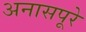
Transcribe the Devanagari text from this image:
अनासपूरे